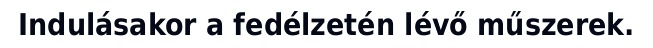
Indulásakor a fedélzetén lévő műszerek.